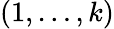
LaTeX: (1,\ldots,k)